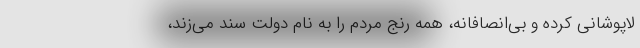
لاپوشانی کرده و بی‌انصافانه، همه رنج مردم را به نام دولت سند می‌زند،